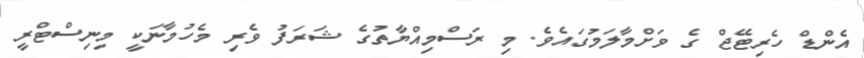
އެންޑް ހެރިޓޭޖް ގެ ވަށްމާލަމުގައެވެ. މި ރަސްމިއްޔާތުގެ ޝަރަފު ވެރި މެހުމާނަކީ މިނިސްޓްރީ